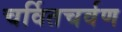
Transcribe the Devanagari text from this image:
चर्वितचर्वण